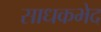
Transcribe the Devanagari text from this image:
साधकभेद